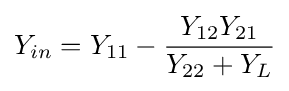
Y_{in}=Y_{11}-{\frac {Y_{12}Y_{21}}{Y_{22}+Y_{L}}}